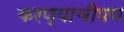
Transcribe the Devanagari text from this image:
करण्याचीपण